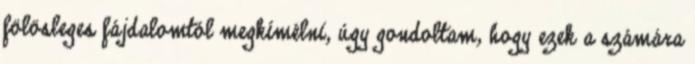
fölösleges fájdalomtól megkímélni, úgy gondoltam, hogy ezek a számára